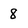
Character: 8